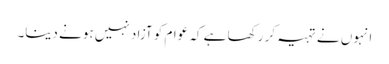
انہوں نے تہیہ کر رکھا ہے کہ عوام کو آزاد نہیں ہونے دینا۔